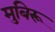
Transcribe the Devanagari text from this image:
मुबिरू